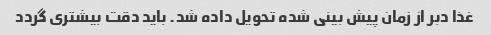
غذا دبر از زمان پیش بینی شده تحویل داده شد. باید دقت بیشتری گردد